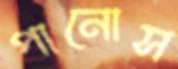
পানোস